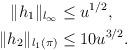
LaTeX: \begin{align*} \|h_1\|_{l_\infty}&\le u^{1/2},\\ \|h_2\|_{l_1(\pi)}&\le 10 u^{3/2}.\end{align*}